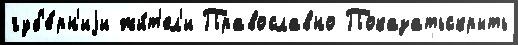
губ'е́рн'иjи жи́т'ел'и Православно Показатьскрыть